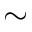
\sim